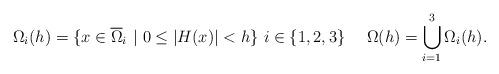
LaTeX: \begin{align*} \Omega_i (h) = \{ x \in \overline \Omega_i \ | \ 0 \leq |H(x)| < h \} \ i \in \{ 1, 2, 3 \} \ \ \ \ \Omega (h) = \bigcup_{i = 1}^3 \Omega_i (h).\end{align*}